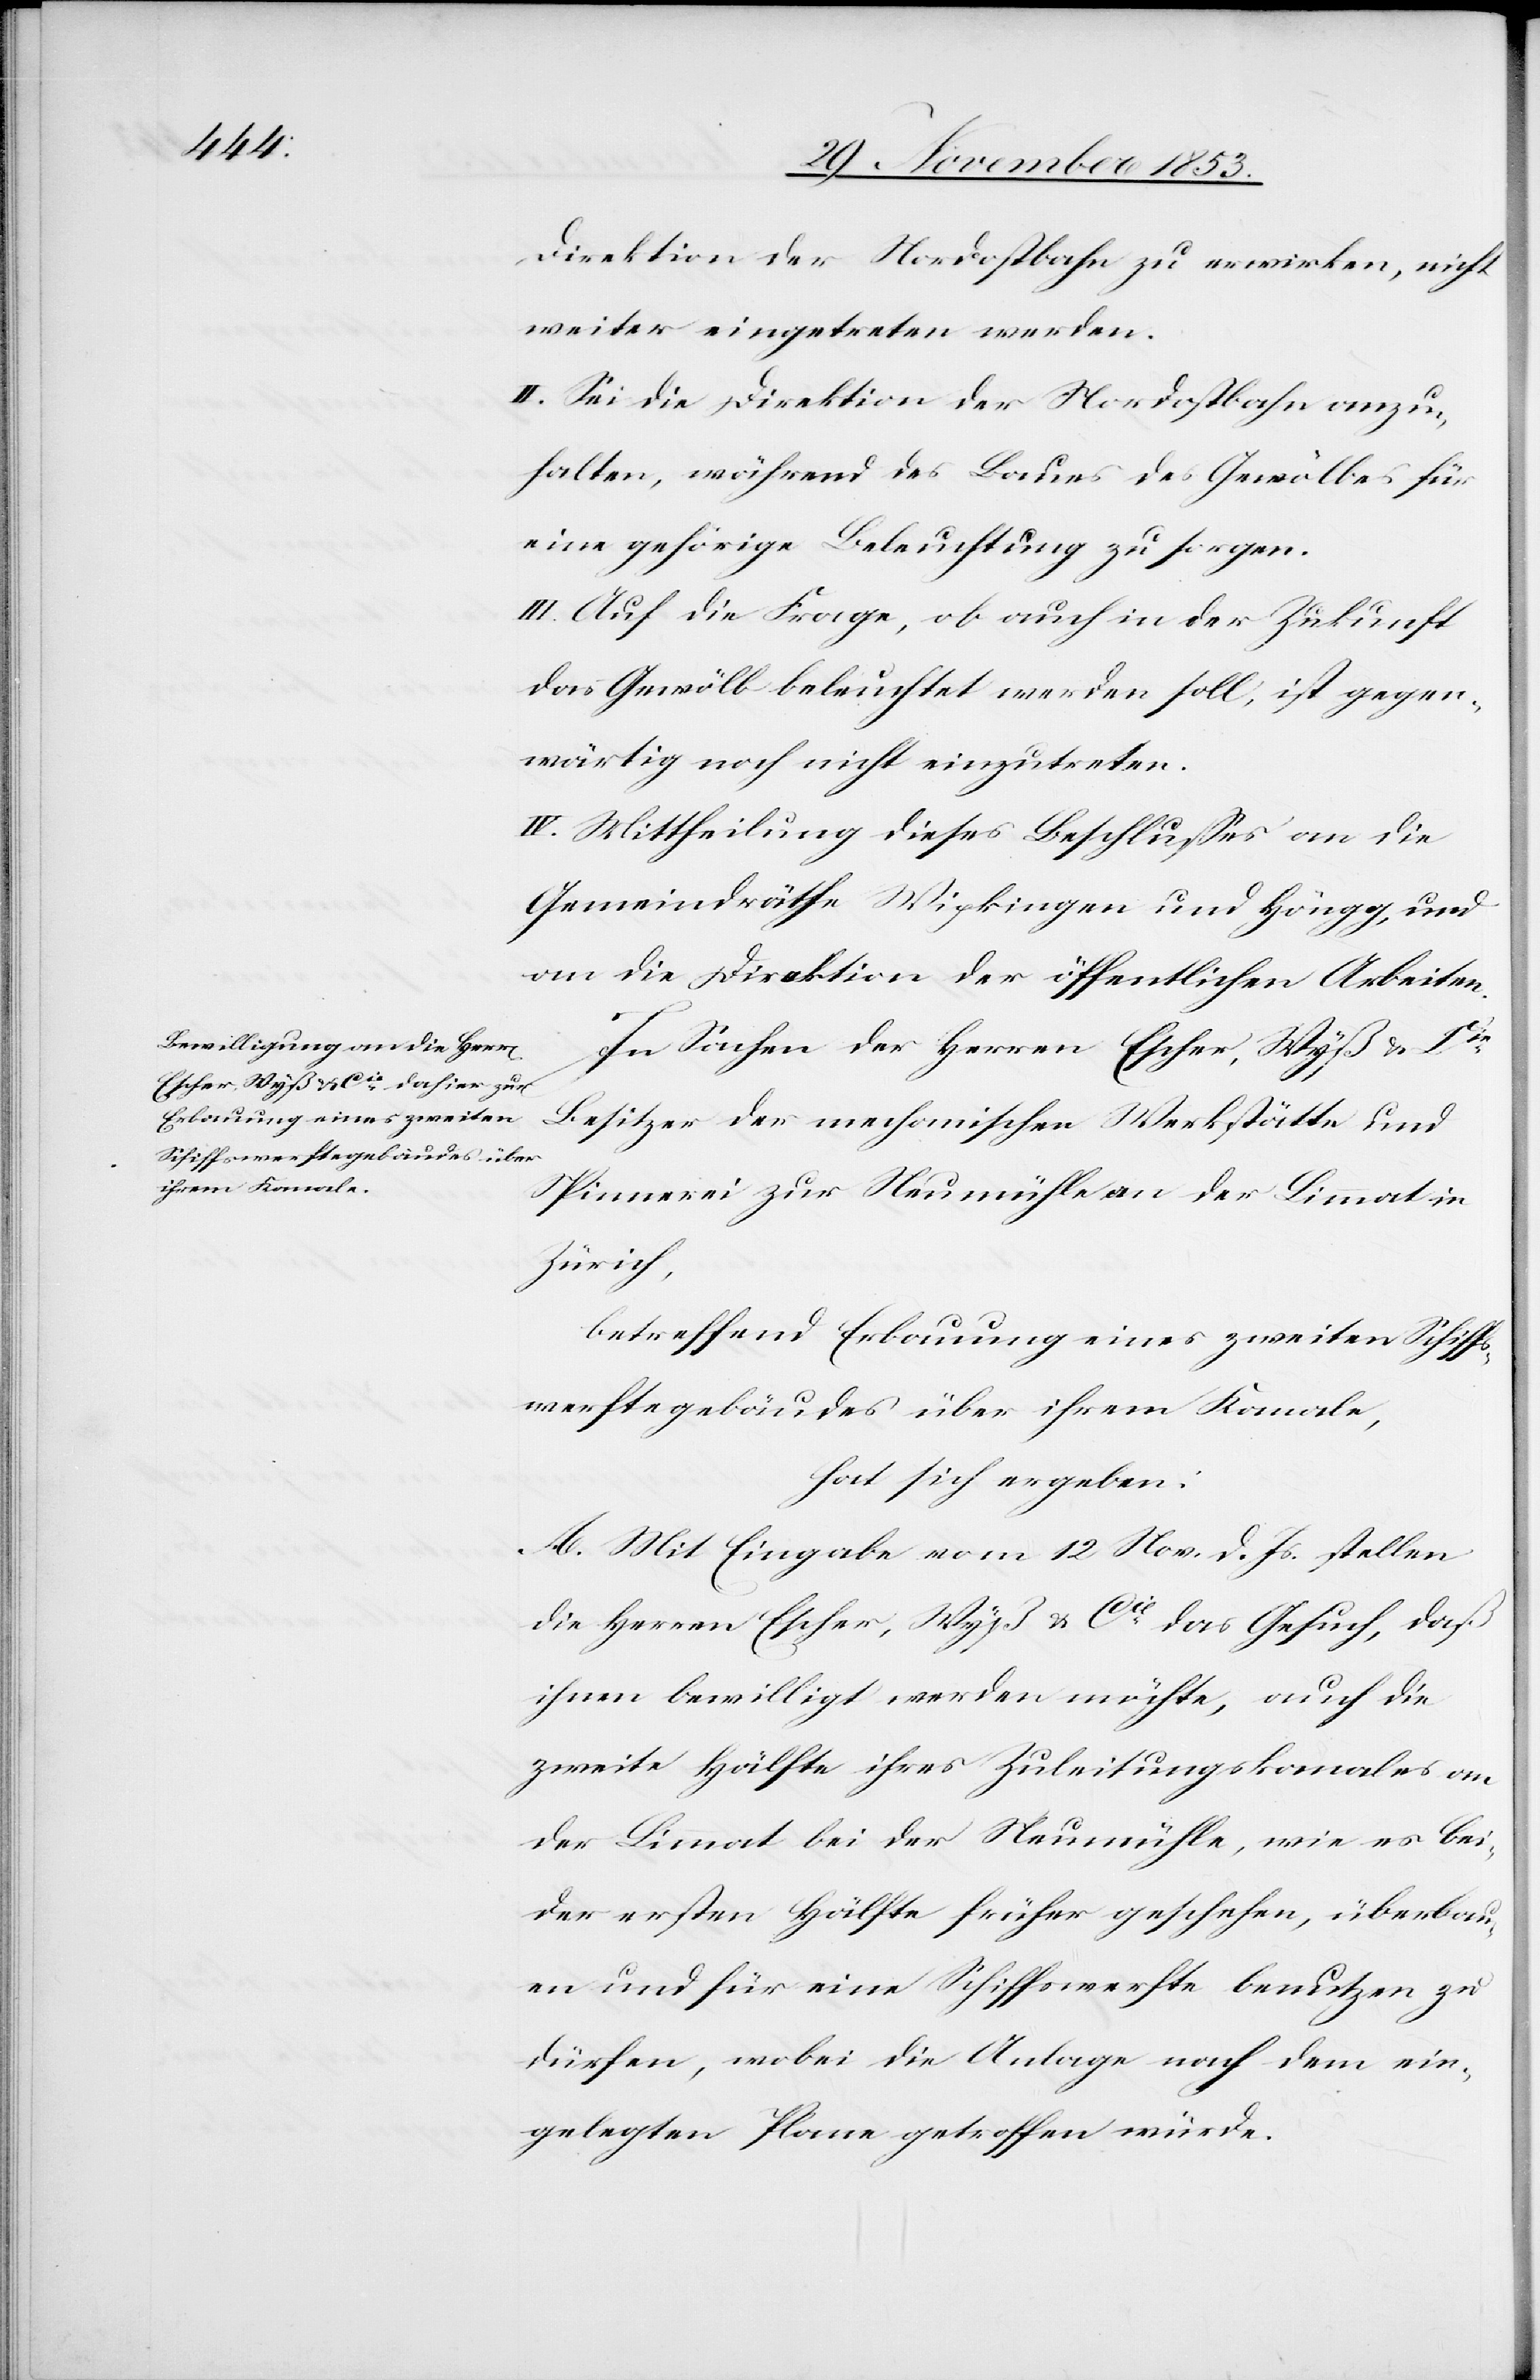
Direktion der Nordostbahn zu erwirken, nicht
weiter eingetreten werden.
II. Sei die Direktion der Nordostbahn anzu¬
halten, während des Baues des Gewölbes für
eine gehörige Beleuchtung zu sorgen.
III. Auf die Frage, ob auch in der Zukunft
das Gewölb beleuchtet werden soll; ist gegen¬
wärtig noch nicht einzutreten.
IV. Mittheilung dieses Beschlußes an die
Gemeindräthe Wipkingen und Höngg, und
an die Direktion der öffentlichen Arbeiten.
In Sachen der Herren Escher, Wyß u. Cie,
Besitzer der mechanischen Werkstätte und
Spinnerei zur Neumühle an der Limmat in
Zürich,
betreffend Erbauung eines zweiten Schiffs¬
werftegebäudes über ihrem Kanale,
hat sich ergeben:
A. Mit Eingabe von 12 Nov. d. Js. stellen
die Herren Escher, Wyß Cie das Gesuch, daß
ihnen bewilligt werden möchte, auch die
zweite Hälfte ihres Zubereitungskanales an
der Limmat bei der Neumühle, wie es bei
der ersten Hälfte früher geschehen, überbau¬
en und für eine Schiffswerfte benutzen zu
dürfen, wobei die Anlage nach dem ein¬
gelegten Plane getroffen wurde.